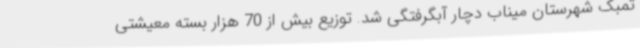
تمبک شهرستان میناب دچار آبگرفتگی شد. توزیع بیش از 70 هزار بسته معیشتی